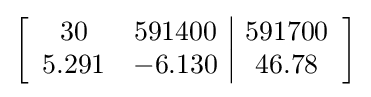
\left[{\begin{array}{cc|c}30&591400&591700\\5.291&-6.130&46.78\\\end{array}}\right]